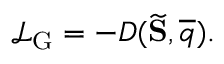
\mathcal { L } _ { \mathrm { G } } = - D ( \widetilde { \mathbf { S } } , \overline { { q } } ) .